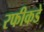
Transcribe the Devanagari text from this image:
रफीकडे